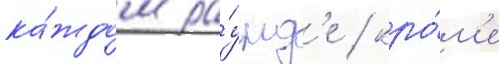
ка́ждом ра́унд'е / кро́м'е